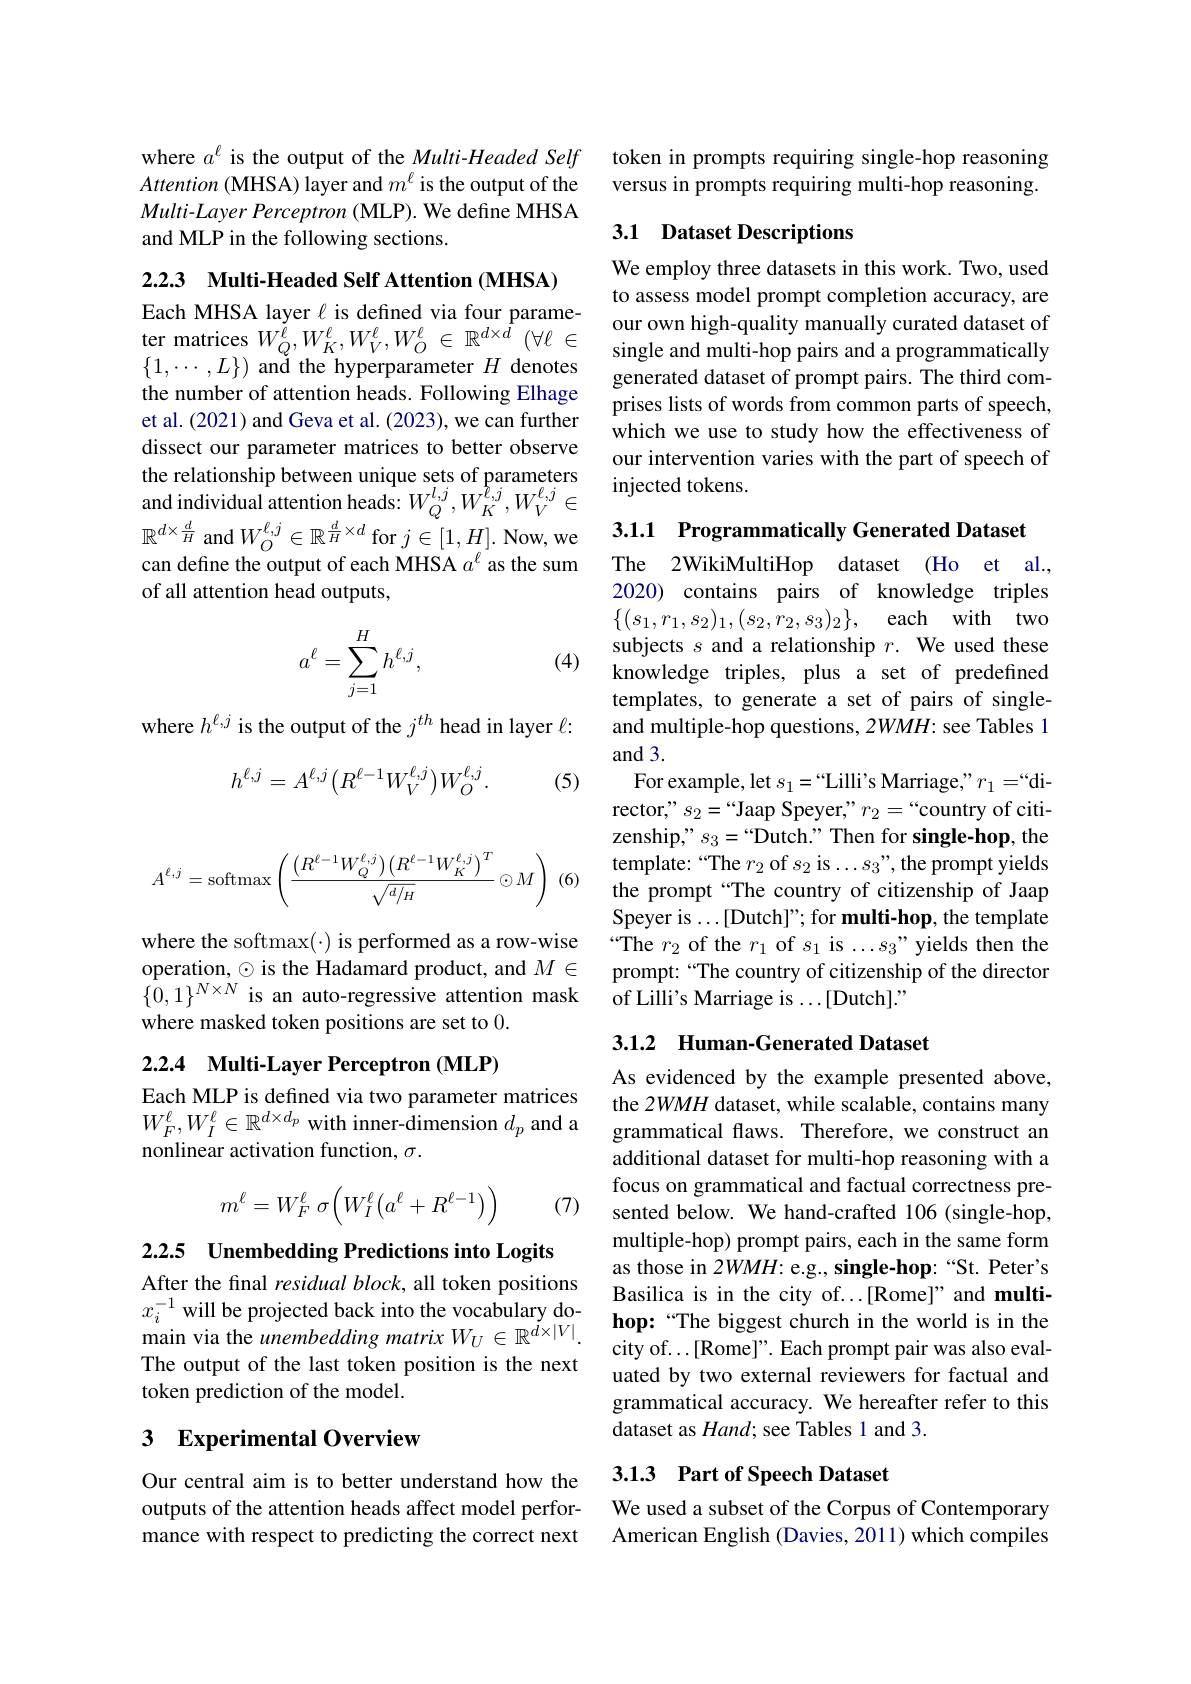
where $a^\ell$ is the output of the Multi-Headed Self $Attention($MHSA) layer and $m^{\ell}$ is the output of the Multi-Layer Perceptron ( MLP). We define MHSA and MLP in the following sections.

2.2.3 Multi-Headed Self Attention (MHSA)
Each MHSA layer $\ell$ is defined via four parame-

ter matrices $W_Q^{\dot{\ell}},W_K^{\ell},W_V^{\ell},W_O^{\ell}\in\mathbb{R}^{d\times\dot{d}}\left(\forall\ell\right.\in$ $\{1,\cdots,L\})$ ană the hyperparameter $H$ denotes the number of attention heads. Following Elhage et al. (2021) and Geva et al. (2023), we can further dissect our parameter matrices to better observe the relationship between unique sets of parameters and individual attention heads: $W_Q^{l,j},W_K^{\ell,j},W_V^{\ell,j}\in$ $\mathbb{R}^{d\times\frac dH}$ and$W_O^{\ell,j}\in\mathbb{R}^{\frac dH\times d}$for $j\in[1,H].$ Now,we 3.1.1 Programmatically Generated Dataset
can define the output of each MHSA $a^\ell$ as the sum
of all attention head outputs,

(4)
$$\begin{aligned}a^\ell=\sum_{j=1}^Hh^{\ell,j},\end{aligned}$$
where $h^{\ell,j}$ is the output of the $j^th$ head in layer $\ell:$
$$h^{\ell,j}=A^{\ell,j}\big(R^{\ell-1}W_{V}^{\ell,j}\big)W_{O}^{\ell,j}.$$
(5)
$$A^{\ell,j}=\text{softmax}\left(\frac{\left(R^{\ell-1}W_Q^{\ell,j}\right)\left(R^{\ell-1}W_K^{\ell,j}\right)^T}{\sqrt{d/_H}}\odot M\right)$$
(6

where the softmax(·) is performed as a row-wise operation, $\odot$ is the Hadamard product, and $M\in$ $\{0,1\}^{N\times N}$ is an auto-regressive attention mask where masked token positions are set to 0.

# 2.2.4 Multi-Layer Perceptron (MLP)

Each MLP is defined via two parameter matrices $W_{F}^{\ell},W_{I}^{\ell}\in\mathbb{R}^{d\times d_{p}}$ with inner-dimension $d_p$ and a nonlinear activation function, $\sigma.$
$$m^\ell=W_F^\ell\:\sigma\Big(W_I^\ell\Big(a^\ell+R^{\ell-1}\Big)\Big)$$
(7)

2.2.5 Unembedding Predictions into Logits

After the final residual block, all token positions $x_{i}^{-1}$ will be projected back into the vocabulary domain via the unembedding matrix $W_U\in\mathbb{R}^{\tilde{d}\times|V|}.$ The output of the last token position is the next token prediction of the model.

## 3 Experimental Overview

Our central aim is to better understand how the outputs of the attention heads affect model performance with respect to predicting the correct next

token in prompts requiring single-hop reasoning versus in prompts requiring multi-hop reasoning.

## 3.1 Dataset Descriptions

We employ three datasets in this work. Two, used to assess model prompt completion accuracy, are our own high-quality manually curated dataset of single and multi-hop pairs and a programmatically generated dataset of prompt pairs. The third comprises lists of words from common parts of speech, which we use to study how the effectiveness of our intervention varies with the part of speech of injected tokens.

The 2WikiMultiHop dataset (Ho et al., 2020) contains pairs of knowledge triples $\{ ( s_1, r_1, s_2) _1, ( s_2, r_2, s_3) _2\} $, each with two subjects $s$ and a relationship $r.$ We used these knowledge triples, plus a set of predefined templates, to generate a set of pairs of singleand multiple-hop questions, 2WMH: see Tables 1 and 3.
For example, let $s_1=``$Lilli's Marriage," $r_1=``$director," $s_2=“$Jaap Speyer," $r_2=“$country of citizenship," $s_3=``$Dutch." Then for single-hop, the template:“The $r_2$ of $s_2$ is...$s_3”$,the prompt yields the prompt “The country of citizenship of Jaap Speyer is$\ldots[$Dutch]"for multi-hop, the template “The $r_2$ of the $r_1$ of $s_1$ is ...$s_3$”yields then the prompt: “The country of citizenship of the director of Lilli's Marriage is ...[Dutch]."

## 3.1.2 Human-Generated Dataset

As evidenced by the example presented above, the 2WMH dataset, while scalable, contains many grammatical flaws. Therefore, we construct an additional dataset for multi-hop reasoning with a focus on grammatical and factual correctness presented below. We hand-crafted 106 (single-hop, multiple-hop) prompt pairs, each in the same form as those in 2WMH: e.g., single-hop:“St. Peter's Basilica is in the city of...[Rome]" and multihop:“The biggest church in the world is in the city of...[Rome]". Each prompt pair was also evaluated by two external reviewers for factual and grammatical accuracy. We hereafter refer to this dataset as $Hand;$ see Tables 1 and 3.

## 3.1.3 Part of Speech Dataset

We used a subset of the Corpus of Contemporary American English (Davies, 2011) which compiles